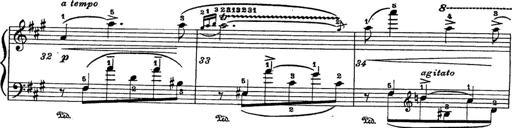
Title: 6 Polish Songs
Composer: Franz Liszt